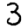
Digit: 3